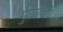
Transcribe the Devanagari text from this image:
मुळ्यांना